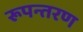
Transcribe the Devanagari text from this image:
रूपन्तरण